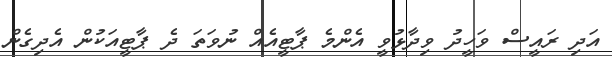
އަދި ރައީސް ވަހީދު ވިދާޅުވީ އެންމެ ޕާޓީއެއް ނުވަތަ ދެ ޕާޓީއަކުން އެދިގެން